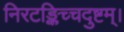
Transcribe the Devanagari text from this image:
निरटङ्किच्चदुष्टम्।